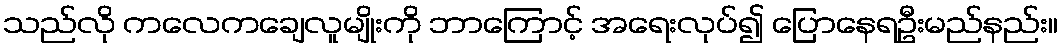
သည်လို ကလေကချေလူမျိုးကို ဘာကြောင့် အရေးလုပ်၍ ပြောနေရဦးမည်နည်း။